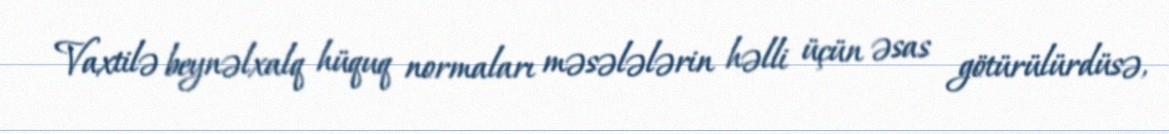
Vaxtilə beynəlxalq hüquq normaları məsələlərin həlli üçün əsas götürülürdüsə,